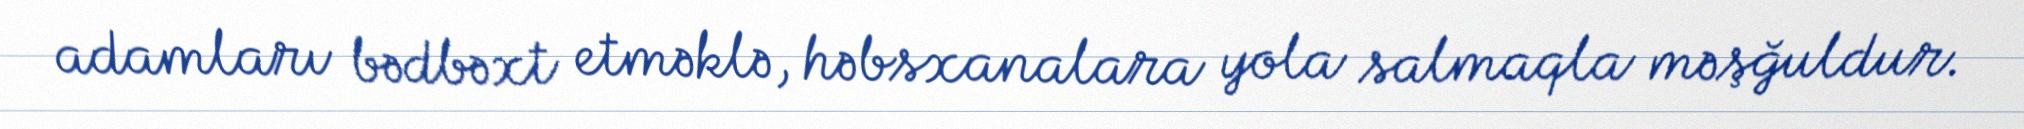
adamları bədbəxt etməklə, həbsxanalara yola salmaqla məşğuldur.